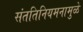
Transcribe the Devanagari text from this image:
संततिनियमनामुळे